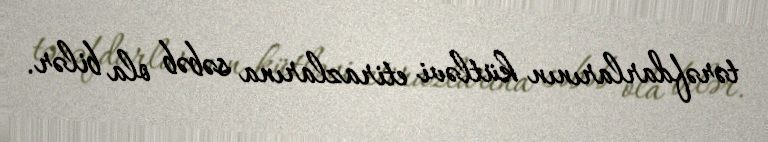
tərəfdarlarının kütləvi etirazlarına səbəb ola bilər.